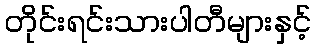
တိုင်းရင်းသားပါတီများနှင့်